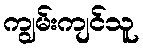
ကျွမ်းကျင်သူ